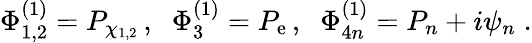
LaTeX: \Phi_{1,2}^{(1)}=P_{\chi_{1,2}}\, ,\; \; \Phi_{3}^{(1)}=P_{\mathrm{e}}\, ,\; \; \Phi_{4n}^{(1)}=P_{n}+i\psi_{n}\; .